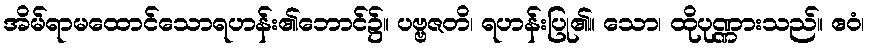
အိမ်ရာမထောင်သောရဟန်း၏ဘောင်၌။ ပဗ္ဗဇတိ၊ ရဟန်းပြု၏။ သော၊ ထိုပုဏ္ဏားသည်။ ဧဝံ၊